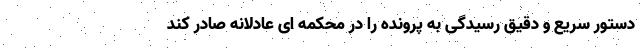
دستور سریع و دقیق رسیدگی به پرونده را در محکمه ای عادلانه صادر کند